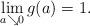
LaTeX: \begin{align*}\lim_{a\searrow 0} g(a) = 1.\end{align*}